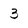
Character: 3